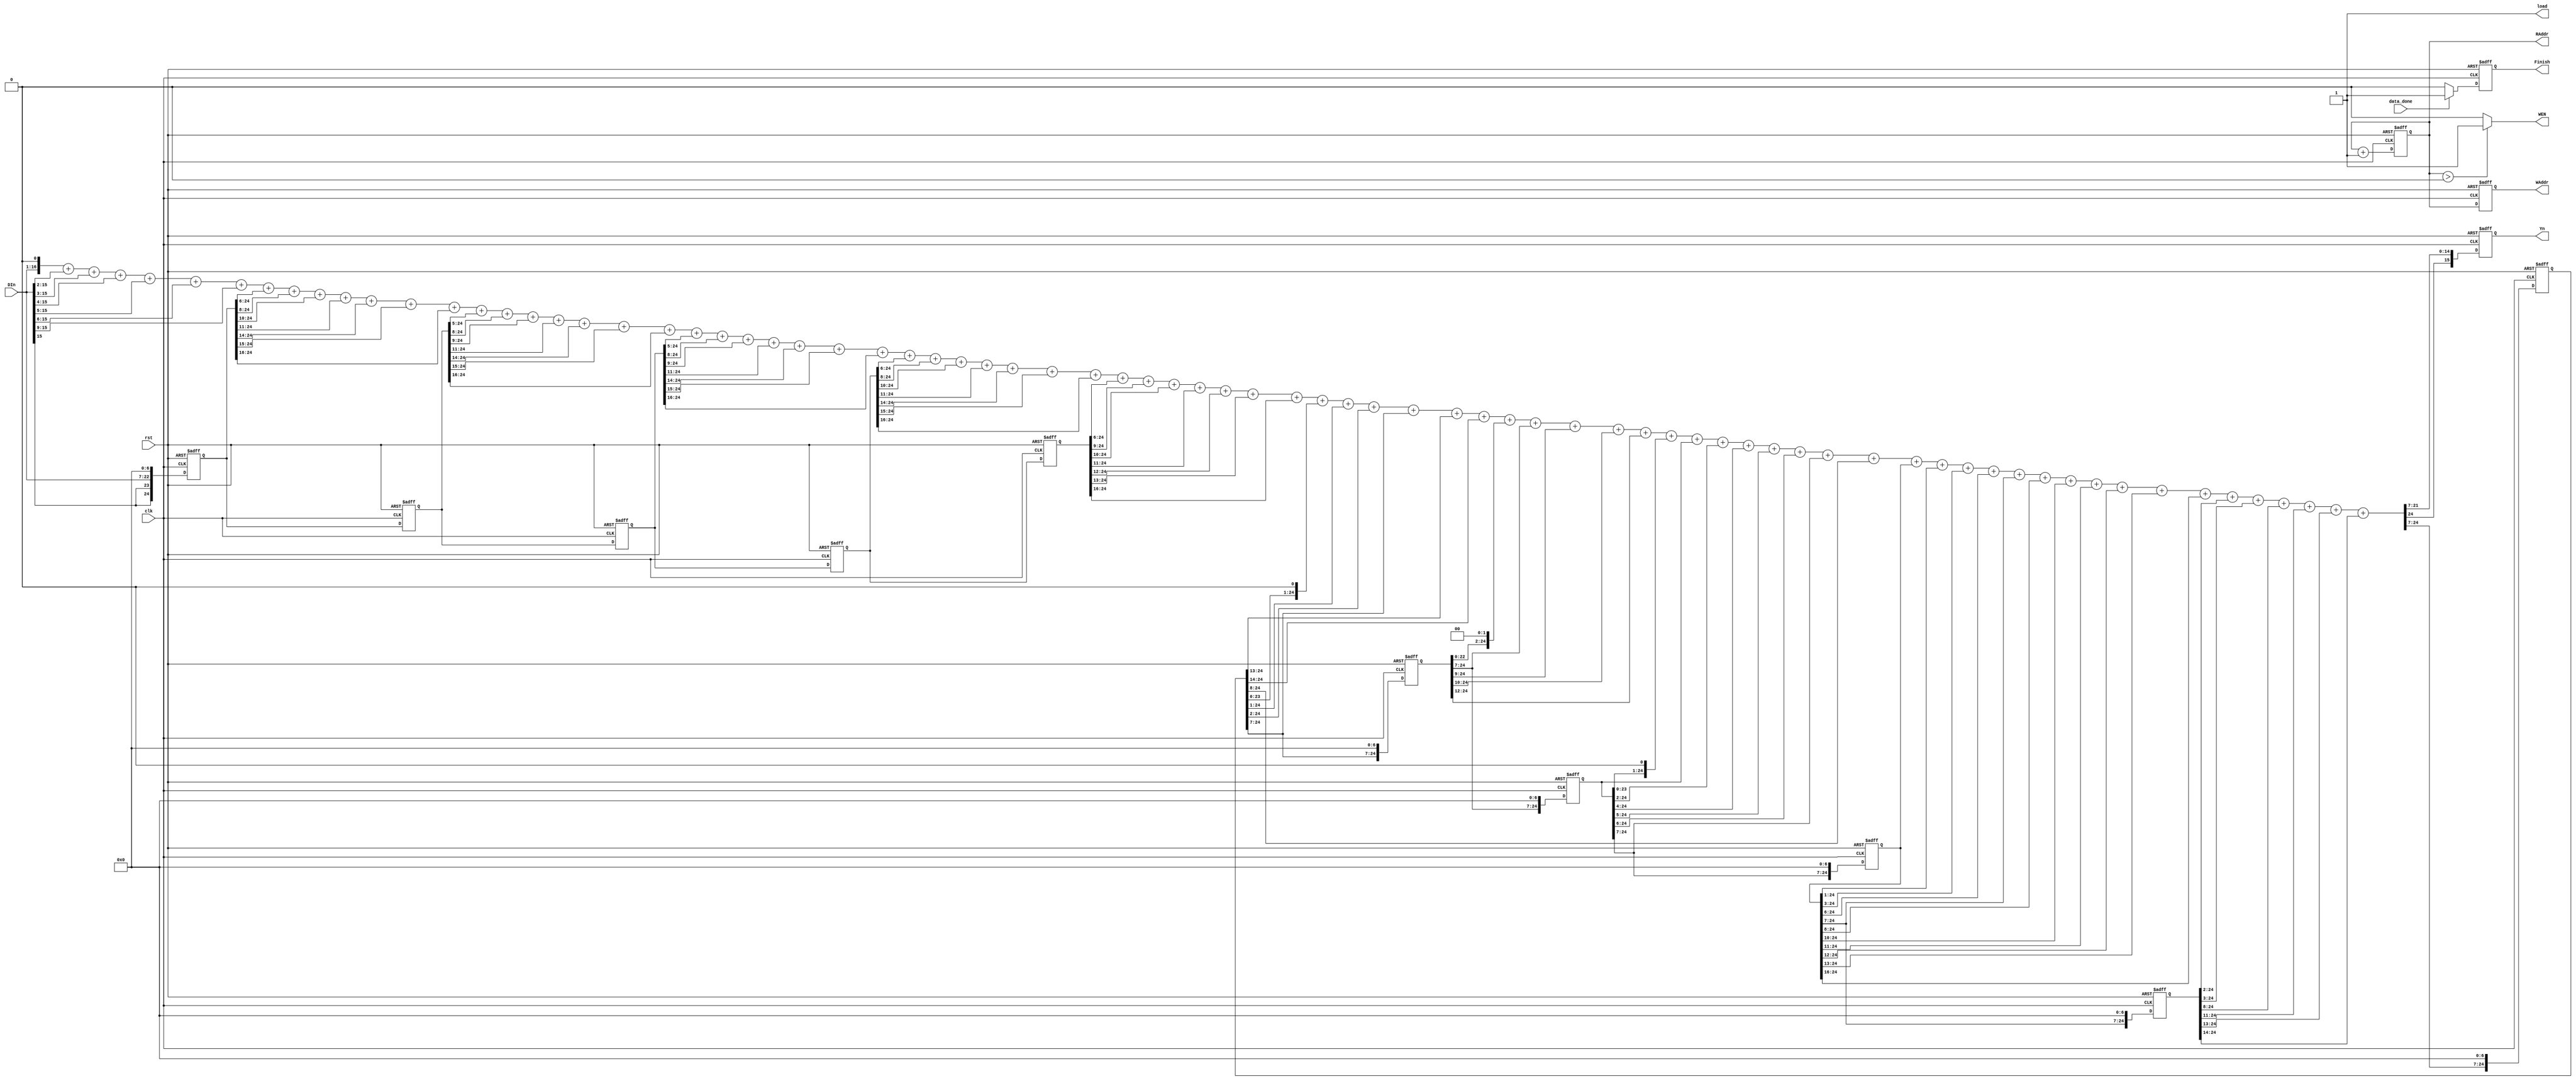
module IIR(clk,rst,load,DIn,RAddr,data_done,WEN,Yn,WAddr,Finish);

	input clk ,rst;
	input data_done;
	input signed [15:0] DIn;
	
	output WEN, load;
	output reg Finish;
	output reg signed [15:0] Yn;
	output reg [19:0] RAddr, WAddr;
	
	wire [19:0] next_RAddr, next_WAddr;
	wire next_Finish;
	wire signed [15:0] next_Yn;
	
	reg signed [24:0] s0, s1, s2, s3, s4;
	wire signed [24:0] s5;
	reg signed [24:0] new_s0, new_s1, new_s2, new_s3, new_s4;
	wire signed [24:0] next_s0, next_s1, next_s2, next_s3, next_s4;
	wire signed [24:0] next_new_s0, next_new_s1, next_new_s2, next_new_s3, next_new_s4;
	wire signed [24:0] sum;
	
	always @(posedge clk or posedge rst)
	begin
		if(rst == 1'b1)
		begin
			RAddr <= 20'd0;
			WAddr <= 20'd0;
			Finish <= 1'b0;
			s0 <= 25'd0;
			s1 <= 25'd0;
			s2 <= 25'd0;
			s3 <= 25'd0;
			s4 <= 25'd0;
			new_s0 <= 25'd0;
			new_s1 <= 25'd0;
			new_s2 <= 25'd0;
			new_s3 <= 25'd0;
			new_s4 <= 25'd0;
			Yn <= 16'b0;
		end
		else
		begin
			RAddr <= next_RAddr;
			WAddr <= next_WAddr;
			Finish <= next_Finish;
			s0 <= next_s0;
			s1 <= next_s1;
			s2 <= next_s2;
			s3 <= next_s3;
			s4 <= next_s4;
			new_s0 <= next_new_s0;
			new_s1 <= next_new_s1;
			new_s2 <= next_new_s2;
			new_s3 <= next_new_s3;
			new_s4 <= next_new_s4;
			Yn <= next_Yn;
		end
	end
	
	assign WEN = (RAddr>20'b0) ? 1'b1 : 1'b0; 
	assign load = 1'b1;
	
	assign s5 = {{2{DIn[15]}}, DIn, {7{1'b0}}};
	
	assign next_Finish = (data_done == 1'b1) ? 1'b1 : 1'b0;
	assign next_RAddr = RAddr + 20'b1;
	assign next_WAddr = RAddr;
	
	assign next_s0 = s1;
	assign next_s1 = s2;
	assign next_s2 = s3;
	assign next_s3 = s4;
	assign next_s4 = s5;
	
	assign next_new_s0 = {new_s1[24:7], {7{1'b0}}};
	assign next_new_s1 = {new_s2[24:7], {7{1'b0}}};
	assign next_new_s2 = {new_s3[24:7], {7{1'b0}}};
	assign next_new_s3 = {new_s4[24:7], {7{1'b0}}};
	assign next_new_s4 = {sum[24:7], {7{1'b0}}}; 
	
	assign sum = (s5>>>6) + (s5>>>9) + (s5>>>10) + (s5>>>11) + (s5>>>12) + (s5>>>13) + (s5>>>16)
		+ (s4>>>6) + (s4>>>8) + (s4>>>10) + (s4>>>11) + (s4>>>14) + (s4>>>15) + (s4>>>16)
		+ (s3>>>5) + (s3>>>8) + (s3>>>9) + (s3>>>11) + (s3>>>14) + (s3>>>15) + (s3>>>16)
		+ (s2>>>5) + (s2>>>8) + (s2>>>9) + (s2>>>11) + (s2>>>14) + (s2>>>15) + (s2>>>16)
		+ (s1>>>6) + (s1>>>8) + (s1>>>10) + (s1>>>11) + (s1>>>14) + (s1>>>15) + (s1>>>16)
		+ (s0>>>6) + (s0>>>9) + (s0>>>10) + (s0>>>11) + (s0>>>12) + (s0>>>13) + (s0>>>16)
		+ (new_s4<<<1) + (new_s4>>>1) + (new_s4>>>2) + (new_s4>>>7) + (new_s4>>>13) + (new_s4>>>14)
		+ (new_s3<<<2) + (new_s3>>>7) + (new_s3>>>9) + (new_s3>>>10) + (new_s3>>>12)
		+ (new_s2<<<1) + (new_s2) + (new_s2>>>2) + (new_s2>>>4) + (new_s2>>>5) + (new_s2>>>6) + (new_s2>>>7) + (new_s4>>>8)
		+ (new_s1) + (new_s1>>>1) + (new_s1>>>3) + (new_s1>>>6) + (new_s1>>>7) + (new_s1>>>8) + (new_s1>>>10) + (new_s1>>>11) + (new_s1>>>12) + (new_s1>>>13) + (new_s1>>>16)
		+ (new_s0>>>2) + (new_s0>>>3) + (new_s0>>>8) + (new_s0>>>11) + (new_s0>>>13) + (new_s0>>>14);
	
	assign next_Yn = {sum[24], sum[21:7]};
	
endmodule